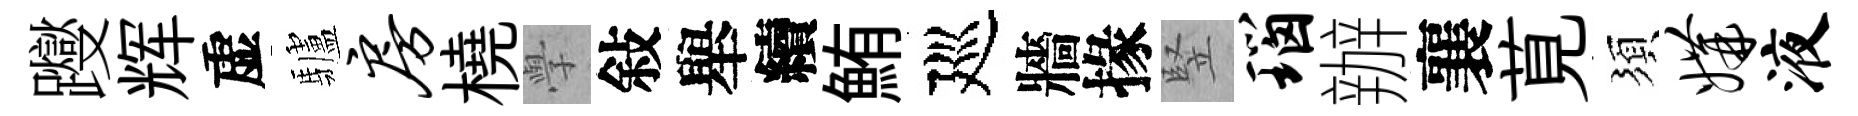
躞辉虚驢房橈𭓕敍舉續鮪廵牆掾竪瑙辦襄莧須媾液